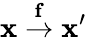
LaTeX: \mathbf{x}\stackrel{\mathbf{f}}{\to}\mathbf{x}^{\prime}